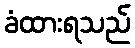
ခံထားရသည်